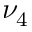
\nu _ { 4 }